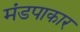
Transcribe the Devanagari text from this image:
मंडपाकार